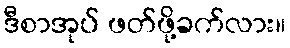
ဒီစာအုပ် ဖတ်ဖို့ခက်လား။